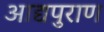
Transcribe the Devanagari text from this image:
आद्यपुराण